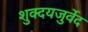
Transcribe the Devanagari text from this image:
शुक्दयजुर्वेद